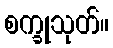
စက္ခုသုတ်။